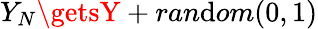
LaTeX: Y_{N}\getsY+ran\mathrm{d}om(0,1)